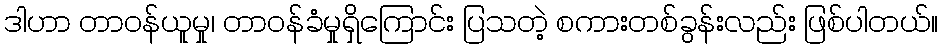
ဒါဟာ တာဝန်ယူမှု၊ တာဝန်ခံမှုရှိကြောင်း ပြသတဲ့ စကားတစ်ခွန်းလည်း ဖြစ်ပါတယ်။